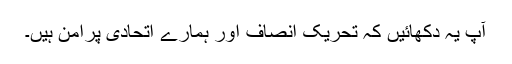
آپ یہ دکھائیں کہ تحریک انصاف اور ہمارے اتحادی پُرامن ہیں۔